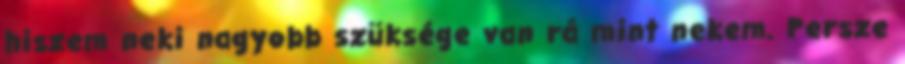
hiszem neki nagyobb szüksége van rá mint nekem. Persze